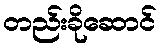
တည်းခိုဆောင်